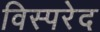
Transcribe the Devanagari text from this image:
विस्परेद